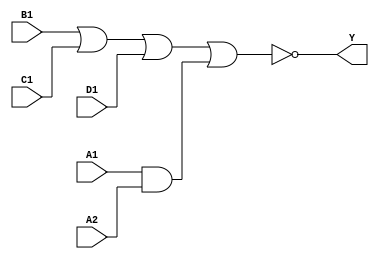
module sky130_fd_sc_ms__a2111oi (
    Y ,
    A1,
    A2,
    B1,
    C1,
    D1
);

    // Module ports
    output Y ;
    input  A1;
    input  A2;
    input  B1;
    input  C1;
    input  D1;

    // Module supplies
    supply1 VPWR;
    supply0 VGND;
    supply1 VPB ;
    supply0 VNB ;

    // Local signals
    wire and0_out  ;
    wire nor0_out_Y;

    //  Name  Output      Other arguments
    and and0 (and0_out  , A1, A2              );
    nor nor0 (nor0_out_Y, B1, C1, D1, and0_out);
    buf buf0 (Y         , nor0_out_Y          );

endmodule